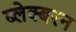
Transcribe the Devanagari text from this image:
ब्लेक्बरन